Report of the Indian Hemp Drugs Commission, 1894-1895 - Volume VI
Year: 1894
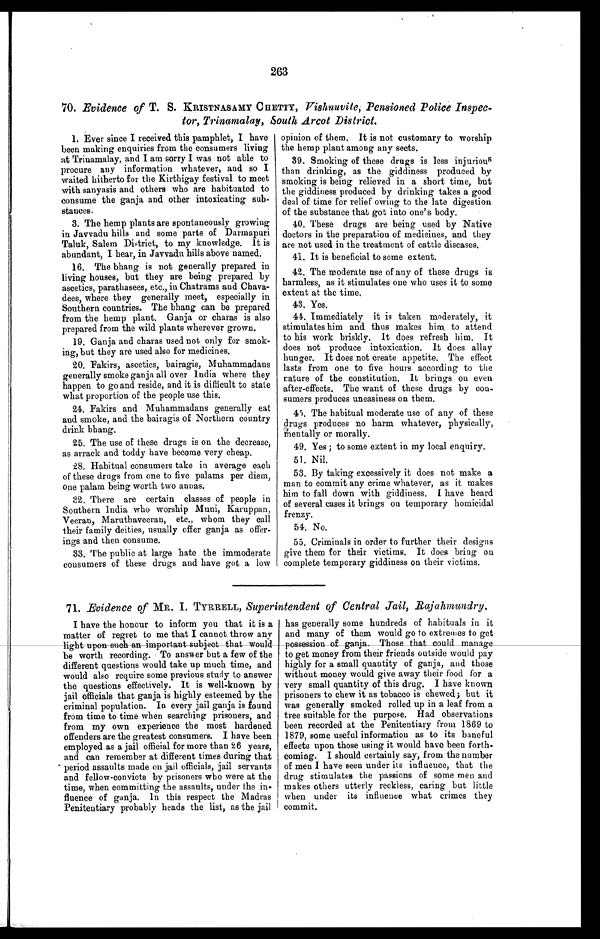
263
70. Evidence of T. S. KRISTNASAMY C HETTY, Vishnuvite, Pensioned Police Inspec-
tor, Trinamalay, South Arcot District.
1. Ever since I received this pamphlet, I have
been making enquiries from the consumers living
at Trinamalay, and I am sorry I was not able to
procure any information whatever, and so I
waited hitherto for the Kirthigay festival to meet
with sanyasis and others who are habituated to
consume the ganja and other intoxicating sub-
stances.
3. The hemp plants are spontaneously growing
in Javvadu hills and some parts of Darmapuri
Taluk, Salem District, to my knowledge. it is
abundant, I hear, in Javvadu hills above named.
16. The bhang is not generally prepared in
living houses, but they are being prepared by
ascetics, parathasees, etc., in Chatrams and Chava-
dees, where they generally meet, especially in
Southern countries. The bhang can be prepared
from the hemp plant. Ganja or charas is also
prepared from the wild plants wherever grown.
19. Ganja and charas used not only for smok-
ing, but they are used also for medicines.
20. Fakirs, ascetics, bairagis, Muhammadans
generally smoke ganja all over India where they
happen to go and reside, and it is difficult to state
what proportion of the people use this.
24. Fakirs and Muhammadans generally eat
and smoke, and the bairagis of Northern country
drink bhang.
25. The use of these drugs is on the decrease,
as arrack and toddy have become very cheap.
28. Habitual consumers take in average each
of these drugs from one to five palams per diem,
one palam being worth two annas.
32. There are certain classes of people in
Southern India who worship Muni, Karuppan,
Veeran, Maruthaveeran, etc., whom they call
their family deities, usually offer ganja as offer-
ings and then consume.
33. The public at large hate the immoderate
consumers of these drugs and have got a low
opinion of them. It is not customary to worship
the hemp plant among any sects.
39. Smoking of these drugs is less injurious
than drinking, as the giddiness produced by
smoking is being relieved in a short time, but
the giddiness produced by drinking takes a good
deal of time for relief owing to the late digestion
of the substance that got into one's body.
40. These drugs are being used by Native
doctors in the preparation of medicines, and they
are not used in the treatment of cattle diseases.
41. It is beneficial to some extent.
42. The moderate use of any of these drugs is
harmless, as it stimulates one who uses it to some
extent at the time.
43. Yes.
44. Immediately it is taken moderately, it
stimulates him and thus makes him, to attend
to his work briskly. It does refresh him. It
does not produce intoxication. It does allay
hunger. It does not create appetite. The effect
lasts from one to five hours according to the
n a t u r e o f t h e c o n s t i t u t i o n . I t b r i n g s o n e v e n
after-effects. The want of these drugs by con-
sumers produces uneasiness on them.
45. The habitual moderate use of any of these
drugs produces no harm whatever, physically,
mentally or morally.
49. Yes ; to some extent in my local enquiry.
51. Nil.
53. By taking excessively it does not make a
man to commit any crime whatever, as it makes
him to fall down with giddiness. I have heard
of several cases it brings on temporary homicidal
frenzy.
54. No.
55. Criminals in order to further their designs
give them for their victims. It does bring on
complete temporary giddiness on their victims.
71. Evidence of MR. I. TYRRELL, Superintendent of Central Jail, Rajahnzundry.
I have the honour to inform you that it is a
matter of regret to me that I cannot throw any
light upon such an important subject that would
be worth recording. To answer but a few of the
different questions would take up much time, and
would also require some previous study to answer
the questions effectively. It is well-known by
jail officials that ganja is highly esteemed by the
criminal population. In every jail ganja is found
from time to time when searching prisoners, and
from my own experience the most hardened
offenders are the greatest consumers. I have been
employed as a jail official for more than 26 years,
and can remember at different times during that
period assaults made on jail officials, jail servants
and fellow-convicts by prisoners who were at the
time, when committing the assaults, under the in-
fluence of ganja. In this respect the Madras
Penitentiary probably heads the list, as the jail
has generally some hundreds of habituals in it
and many of them would go to extremes to get
p o s s e s s i o n o f g a n g a . T h o s e t h a t c o u l d m a n a g e
to get money from their friends outside would pay
highly for a small quantity of ganja, and those
without money would give away their food for a
very small quantity of this drug. I have known
prisoners to chew it as tobacco is chewed; but it
was generally smoked rolled up in a leaf from a
tree suitable for the purpose. Had observations
been recorded at the Penitentiary from 1869 to
1879, some useful information as to its baneful
effects upon those using it would have been forth-
coming. I should certainly say, from the number
of men I have seen under its influence, that the
drug stimulates the passions of some men and
makes others utterly reckless, caring but little
when under its influence what crimes they
commit.